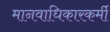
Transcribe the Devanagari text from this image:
मानवाधिकारकर्मी